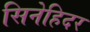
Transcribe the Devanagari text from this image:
सिनेहिदर